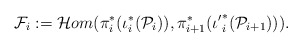
\begin{align*}\mathcal{F}_i := \mathcal{H}om(\pi^*_i(\iota^*_i(\mathcal{P}_i)), \pi^*_{i+1}({\iota'}^*_i (\mathcal{P}_{i+1}))).\end{align*}